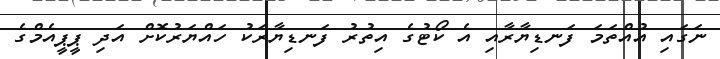
ނަގައި އުއްތަމަ ފަނޑިޔާރާއި އެ ކޯޓުގެ އިތުރު ފަނޑިޔާރަކު ހައްޔަރުކޮށް އަދި ޕީޕީއެމްގެ